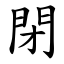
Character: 閉